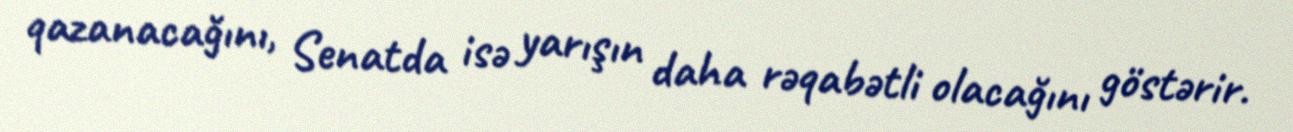
qazanacağını, Senatda isə yarışın daha rəqabətli olacağını göstərir.